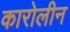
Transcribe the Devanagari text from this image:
कारोलीन